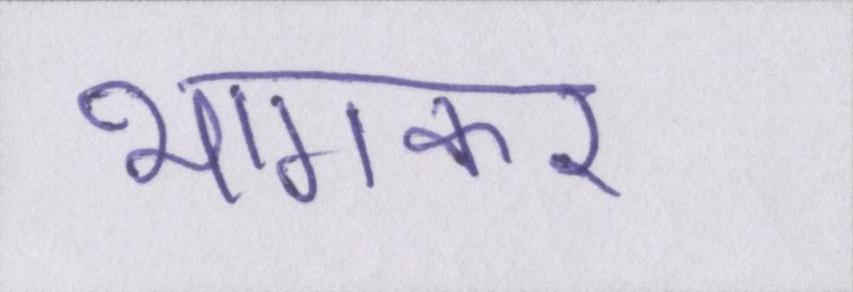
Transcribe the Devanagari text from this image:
भागकर